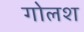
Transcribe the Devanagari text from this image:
गोलश